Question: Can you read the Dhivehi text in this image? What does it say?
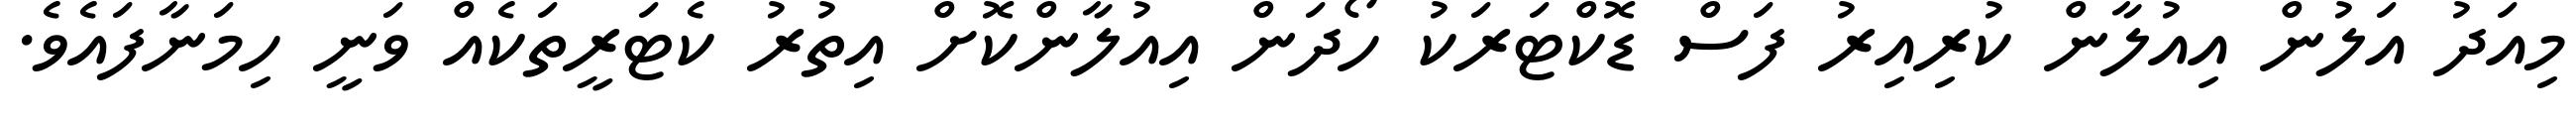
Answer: މިއަދު އަލުން އިއުލާން ކުރިއިރު ފަސް ޑޮކްޓަރަކު ހޯދަން އިއުލާންކޮށް އިތުރު ކެޓަރީތަކެއް ވަނީ ހިމަނާފައެވެ.